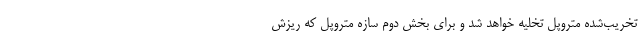
تخریب‌شده متروپل تخلیه خواهد شد و برای بخش دوم سازه متروپل که ریزش